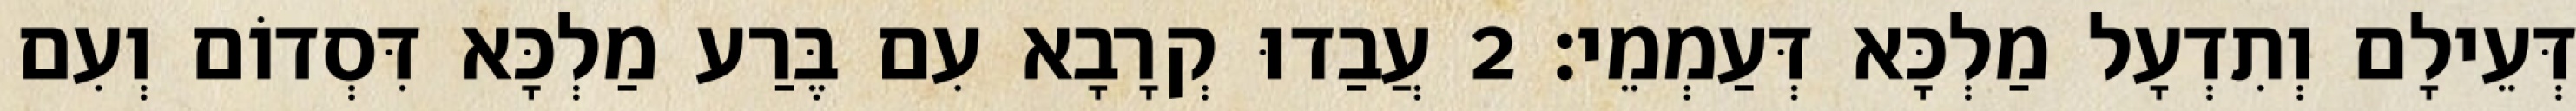
דְּעֵילָם וְתִדְעָל מַלְכָּא דְּעַמְמֵי׃ 2 עֲבַדוּ קְרָבָא עִם בֶּרַע מַלְכָּא דִּסְדוֹם וְעִם